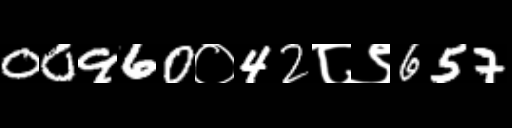
Text: 00960०42८९657